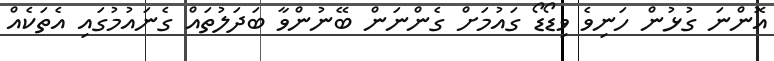
އޮންނަ ގުޅުން ހަނިވެ ވިޑޯޑޯ ގައުމަށް ގެންނަން ބޭނުންވާ ބަދަލުތައް ގެނައުމުގައި އެތަކެއް